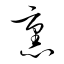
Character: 熏